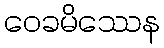
ဝေခမိဿေန